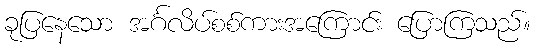
ခုပြနေသော အင်္ဂလိပ်စစ်ကားအကြောင်း ပြောကြသည်။